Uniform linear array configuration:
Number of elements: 32
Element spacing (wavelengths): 0.25
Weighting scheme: cosine
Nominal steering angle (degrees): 45
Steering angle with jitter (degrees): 46.968
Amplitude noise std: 0.05
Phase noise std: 0.05

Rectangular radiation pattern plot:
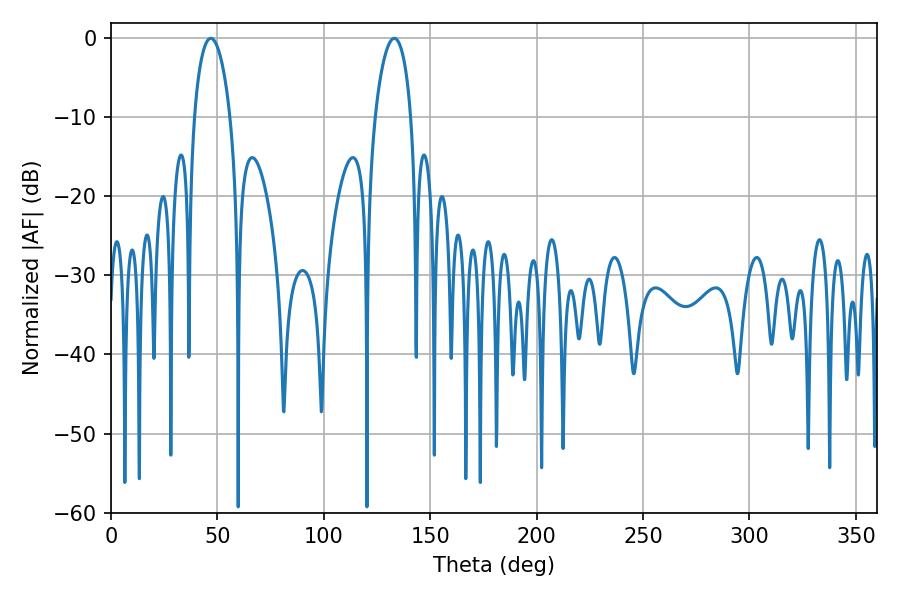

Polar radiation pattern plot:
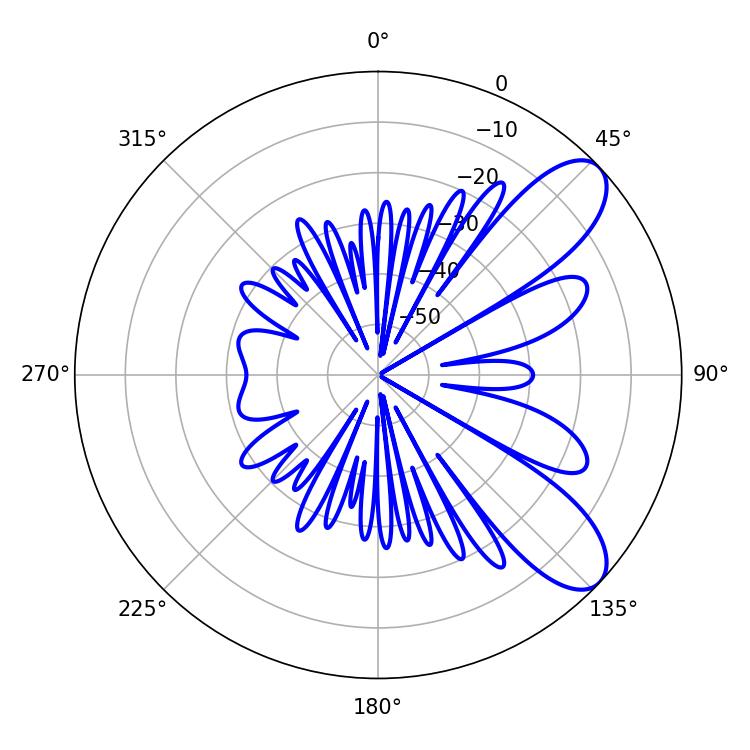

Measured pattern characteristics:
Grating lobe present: FALSE
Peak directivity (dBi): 8.712
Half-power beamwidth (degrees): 9.54
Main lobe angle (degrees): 133.2